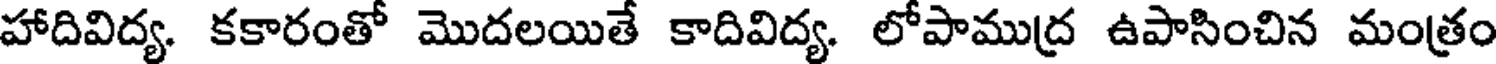
హాదివిద్య. కకారంతో మొదలయితే కాదివిద్య. లోపాముద్ర ఉపాసించిన మంత్రం